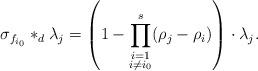
LaTeX: \begin{align*}\sigma_{f_{i_0}}*_d \lambda_j= \left(1- \prod_{\substack{i=1 \\ i\neq i_0}}^{{s}} (\rho_{j}-\rho_i) \right)\cdot \lambda_j.\end{align*}